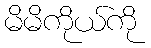
မိမိကိုယ်ကို